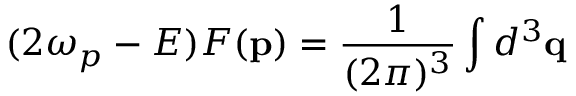
( 2 \omega _ { p } - E ) F ( \mathbf { p } ) = \frac { 1 } { ( 2 \pi ) ^ { 3 } } \int d ^ { 3 } \mathbf { q }